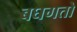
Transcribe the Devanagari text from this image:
बघगतो